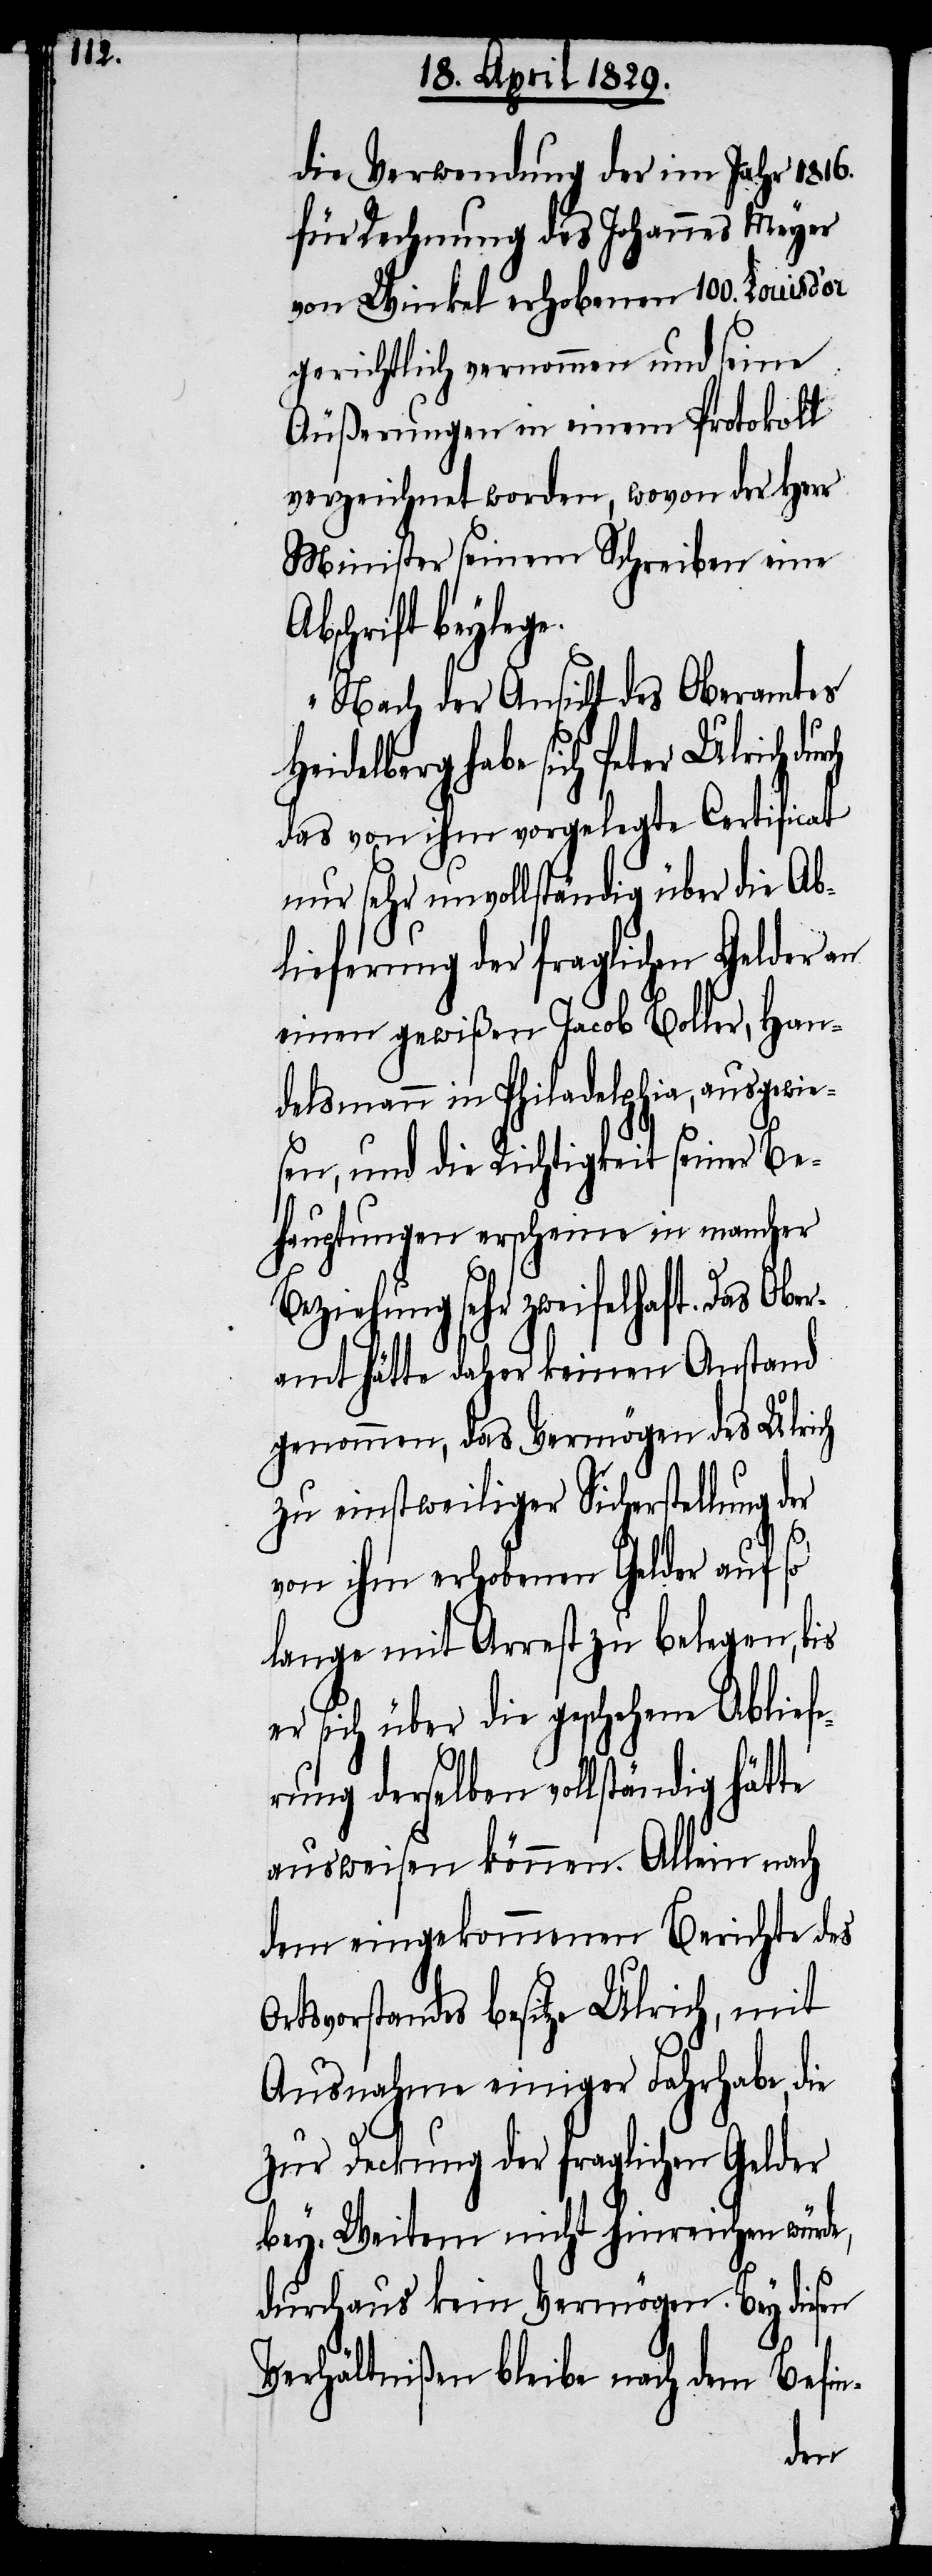
die Verwendung der im Jahr 1816.
für Rechnung des Johannes Meyer
von Winkel erhobenen 100. Louisd’or
gerichtlich vernommen und seine
Äußerungen in einem Protokoll
verzeichnet worden, wovon der Herr
Minister seinem Schreiben eine
Abschrift beylege.
Nach der Ansicht des Oberamts
Heidelberg habe sich Peter Ulrich
das von ihm vorgelegte Certificat
nur sehr unvollständig über die Ab¬
lieferung der fraglichen Gelder an
einen gewißen Jacob Boller, Han¬
delsmann in Philadelphia, ausgewie¬
sen, und die Richtigkeit seiner Be¬
hauptungen erscheine in mancher
Beziehung sehr zweifelhaft. Das Ober¬
amt hätte daher keinen Anstand
genommen, das Vermögen des Ulrich
zu einstweiliger Sicherstellung d¬
von ihm erhobenen Gelder auf so
lange mit Arrest zu belegen, bis
er sich über die geschehene Abliefe¬
rung derselben vollständig hätte
ausweisen können. Allein nach
dem eingekommenen Berichte des
Ortsvorstandes besitze Ulrich, mit
Ausnahme einiger Fahrhabe, die
zur Deckung der fraglichen Gelder
bey Weitem nicht hinreichen würde,
durchaus kein Vermögen. Bey diesen
Verhältnißen bleibe nach dem Befin-
er